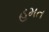
હમત